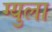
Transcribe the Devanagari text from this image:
ग्युला